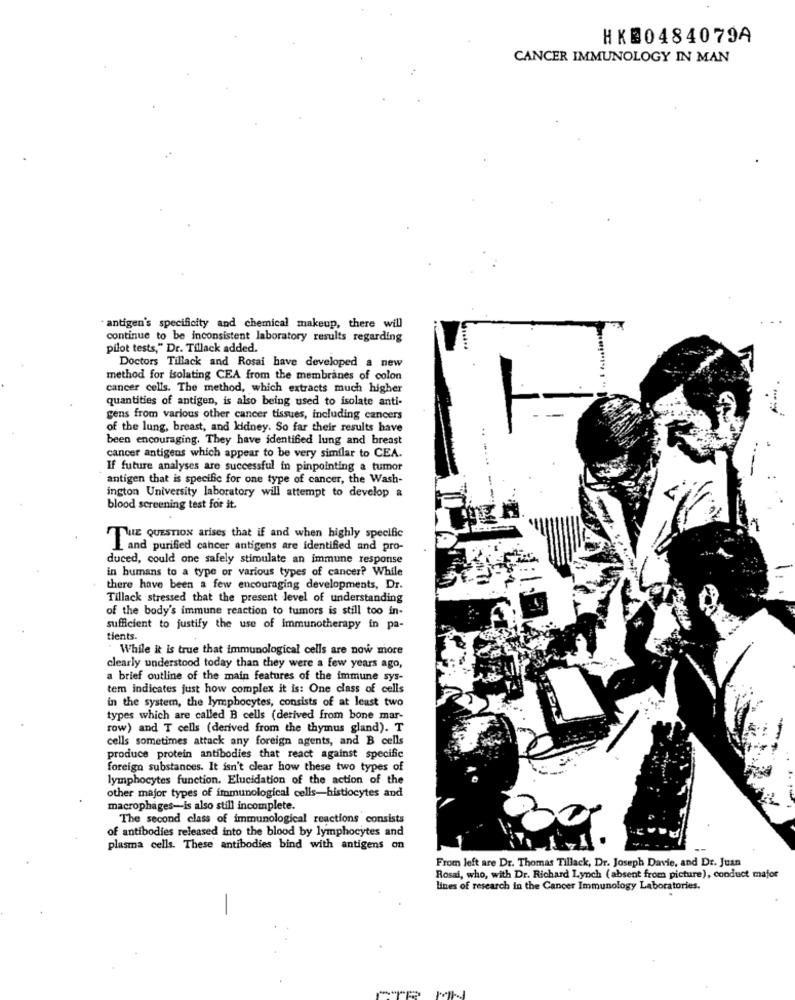
HK20484079A
CANCER IMMUNOLOGY IN MAN
" antigen's specificity and chemical makeup, there will
continue to be inconsistent laboratory results regarding
pilot tests," Dr. Tillack added.
Doctors Tillack and Rosai have developed a new
method for isolating CEA from the membranes of colon
cancer cells. The method, which extracts much higher
quantities of antigen, is also being used to isolate anti-
gens from various other cancer tissues, including cancers
of the lung, breast, and kidney. So far their results have
been encouraging. They have identified lung and breast
cancer antigens which appear to be very similar to CEA.
If future analyses are successful in pinpointing a tumor
antigen that is specific for one type of cancer, the Wash-
ington University laboratory will attempt to develop a
blood screening test for it.
LE QUESTION arises that if and when highly specific
I and purified cancer antigens are identified and pro-
duced, could one safely stimulate an immune response
in humans to a type or various types of cancer? While
there have been a few encouraging developments, Dr.
Tillack stressed that the present level of understanding
of the body's immune reaction to tumors is still too in-
sufficient to justify the use of immunotherapy in pa-
tients.
While it is true that immunological cells are now more
clearly understood today than they were a few years ago,
a brief outline of the main features of the immune sys-
tem indicates just how complex it is: One class of cells
in the system, the lymphocytes, consists of at least two
types which are called B cells (derived from bone mar-
row) and T cells (derived from the thymus gland). T
cells sometimes attack any foreign agents, and B cells
produce protein antibodies that react against specific
foreign substances. It isn't clear how these two types of
lymphocytes function. Elucidation of the action of the
other major types of immunological cells-histiocytes and
macrophages-is also still incomplete.
The second class of immunological reactions consists
of antibodies released into the blood by lymphocytes and
plasma cells. These antibodies bind with antigens on
From left are Dr. Thomas Tillack, Dr. Joseph Davie, and Dr. Juan
Rosai, who, with Dr. Richard Lynch ( absent from picture), conduct mafor
lines of research in the Cancer Immunology Laboratories.